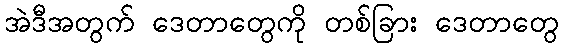
အဲဒီအတွက် ဒေတာတွေကို တစ်ခြား ဒေတာတွေ